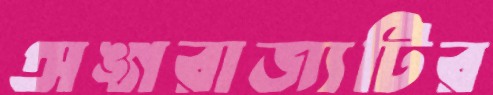
অঙ্গরাজ্যটির